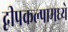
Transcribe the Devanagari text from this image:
द्वीपकल्पामध्ये